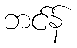
ဘင်န်